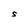
Character: S